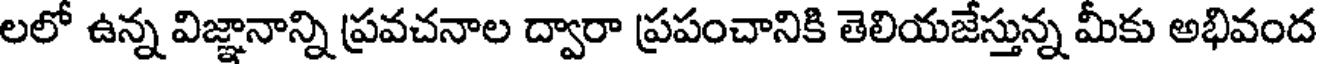
లలో ఉన్న విజ్ఞానాన్ని ప్రవచనాల ద్వారా ప్రపంచానికి తెలియజేస్తున్న మీకు అభివంద